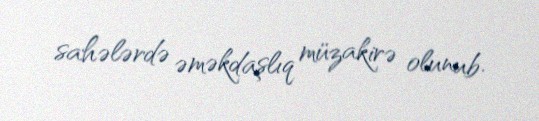
sahələrdə əməkdaşlıq müzakirə olunub.